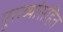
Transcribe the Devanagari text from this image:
पुराव्यांसहित